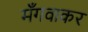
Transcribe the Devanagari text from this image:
मँगवाकर